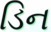
ડિન